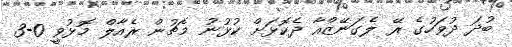
ބުދަ ދުވަހުގެ ރޭ ލެގަނޭޒްއާ ދެކޮޅަށް ކުޅުނު މެޗުން ރެއާލް މޮޅުވީ 0-3